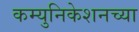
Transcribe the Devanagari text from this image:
कम्युनिकेशनच्या